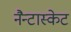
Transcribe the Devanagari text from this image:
नैन्टास्केट